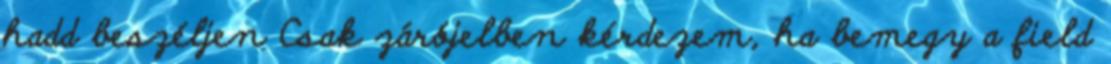
hadd beszéljen Csak zárójelben kérdezem, ha bemegy a field